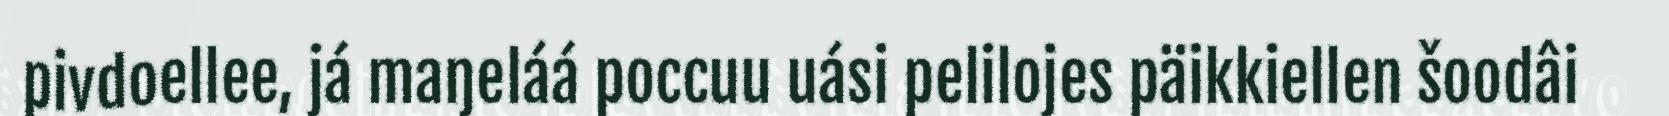
pivdoellee, já maŋeláá poccuu uási pelilojes päikkiellen šoodâi